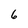
Character: 6